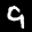
Label: 9